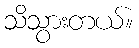
သိသွားတယ်။